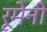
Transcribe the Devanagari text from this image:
रूमेनी